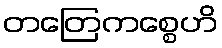
တတြေကစ္စေဟိ